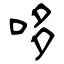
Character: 哆